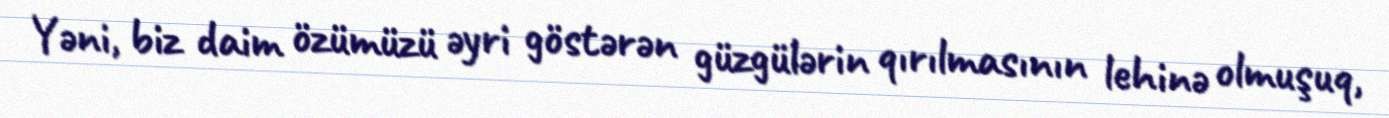
Yəni, biz daim özümüzü əyri göstərən güzgülərin qırılmasının lehinə olmuşuq,